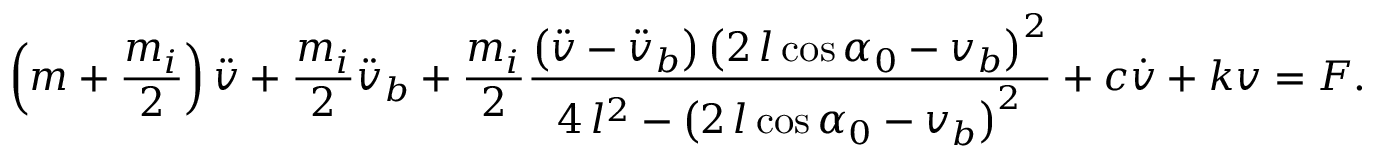
\left( m + \frac { m _ { i } } { 2 } \right) { \ddot { v } } + \frac { m _ { i } } { 2 } { \ddot { v } _ { b } } + \frac { m _ { i } } { 2 } \frac { \left( \ddot { v } - \ddot { v } _ { b } \right) \left( 2 \, l \cos { \alpha _ { 0 } } - v _ { b } \right) ^ { 2 } } { 4 \, l ^ { 2 } - { \left( 2 \, l \cos { \alpha _ { 0 } } - v _ { b } \right) } ^ { 2 } } + c \dot { v } + k v = F .